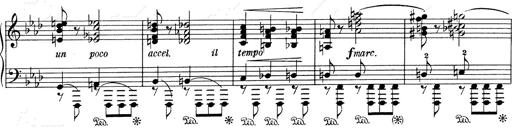
Title: Weinen, Klagen, Sorgen, Zagen
Composer: Franz Liszt